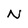
Character: N